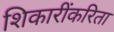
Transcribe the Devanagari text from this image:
शिकारींकरिता